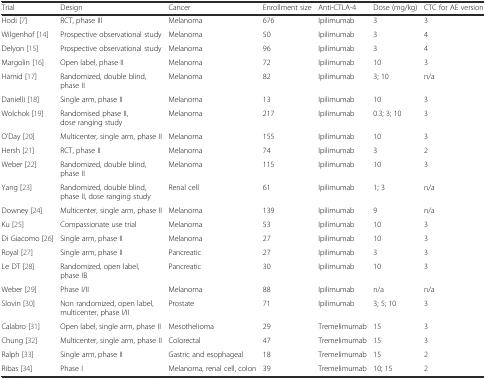
| Trial | Design | Cancer | Enrollment size | Anti-CTLA-4 | Dose (mg/kg) | CTC for AE version |
 | --- | --- | --- | --- | --- | --- | --- |
 | Hodi [7] | RCT, phase III | Melanoma | 676 | Ipilimumab | 3 | 3 |
 | Wilgenhof [14] | Prospective observational study | Melanoma | 50 | Ipilimumab | 3 | 4 |
 | Delyon [15] | Prospective observational study | Melanoma | 96 | Ipilimumab | 3 | 4 |
 | Margolin [16] | Open label, phase II | Melanoma | 72 | Ipilimumab | 10 | 3 |
 | Hamid [17] | Randomized, double blind, phase II | Melanoma | 82 | Ipilimumab | 3; 10 | n/a |
 | Danielli [18] | Single arm, phase II | Melanoma | 13 | Ipilimumab | 10 | 3 |
 | Wolchok [19] | Randomised phase II, dose ranging study | Melanoma | 217 | Ipilimumab | 0.3; 3; 10 | 3 |
 | O’Day [20] | Multicenter, single arm, phase II | Melanoma | 155 | Ipilimumab | 10 | 3 |
 | Hersh [21] | RCT, phase II | Melanoma | 74 | Ipilimumab | 3 | 2 |
 | Weber [22] | Randomized, double blind, phase II | Melanoma | 115 | Ipilimumab | 10 | 3 |
 | Yang [23] | Randomized, double blind, phase II, dose ranging study | Renal cell | 61 | Ipilimumab | 1; 3 | n/a |
 | Downey [24] | Multicenter, single arm, phase II | Melanoma | 139 | Ipilimumab | 9 | n/a |
 | Ku [25] | Compassionate use trial | Melanoma | 53 | Ipilimumab | 10 | 3 |
 | Di Giacomo [26] | Single arm, phase II | Melanoma | 27 | Ipilimumab | 10 | 3 |
 | Royal [27] | Single arm, phase II | Pancreatic | 27 | Ipilimumab | 3 | 3 |
 | Le DT [28] | Randomized, open label, phase IB | Pancreatic | 30 | Ipilimumab | 10 | 3 |
 | Weber [29] | Phase I/II | Melanoma | 88 | Ipilimumab | n/a | n/a |
 | Slovin [30] | Non randomized, open label, multicenter, phase I/II | Prostate | 71 | Ipilimumab | 3; 5; 10 | 3 |
 | Calabro [31] | Open label, single arm, phase II | Mesothelioma | 29 | Tremelimumab | 15 | 3 |
 | Chung [32] | Multicenter, single arm, phase II | Colorectal | 47 | Tremelimumab | 15 | 3 |
 | Ralph [33] | Single arm, phase II | Gastric and esophageal | 18 | Tremelimumab | 15 | 2 |
 | Ribas [34] | Phase I | Melanoma, renal cell, colon | 39 | Tremelimumab | 10; 15 | 2 |